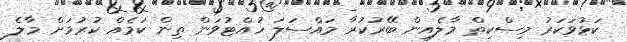
ކަޅުވަކަރު މިސްކިތް މާލެއިން ބޭރުކުރާ މައްސަލަ ހުއްޓުވަން ތިން ކަމެއް ކުރުމަށް މާލެ